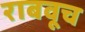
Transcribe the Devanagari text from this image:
राबवूच